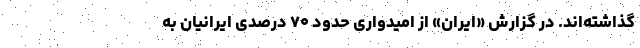
گذاشته‌اند. در گزارش «ایران» از امیدواری حدود ۷۰ درصدی ایرانیان به